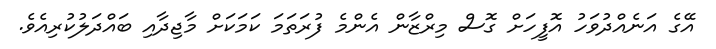
އޭގެ އަނެއްދުވަހު އޮފީހަށް ގޮސް މިރްޒާން އެންމެ ފުރަތަމަ ކަމަކަށް މާޖިދާއި ބައްދަލުކުރިއެވެ.